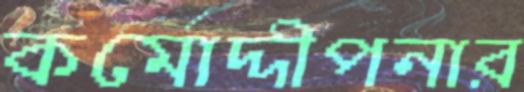
কর্মোদ্দীপনার